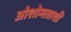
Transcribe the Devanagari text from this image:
ओशोमताशी